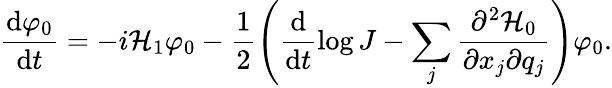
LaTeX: \frac{\mathrm{d}\varphi_{0}}{\mathrm{d}t}=-i\mathcal{H}_{1}\varphi_{0}-\frac{1}{2}\left(\frac{\mathrm{d}}{\mathrm{d}t}\log{J}-\sum_{j}\frac{\partial^{2}\mathcal{H}_{0}}{\partial x_{j}\partial q_{j}}\right)\varphi_{0}.